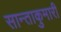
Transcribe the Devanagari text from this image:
सान्ताकुमारी